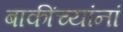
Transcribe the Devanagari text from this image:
बाकींच्यांनां